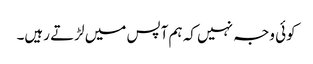
کوئی وجہ نہیں کہ ہم آپس میں لڑتے رہیں۔